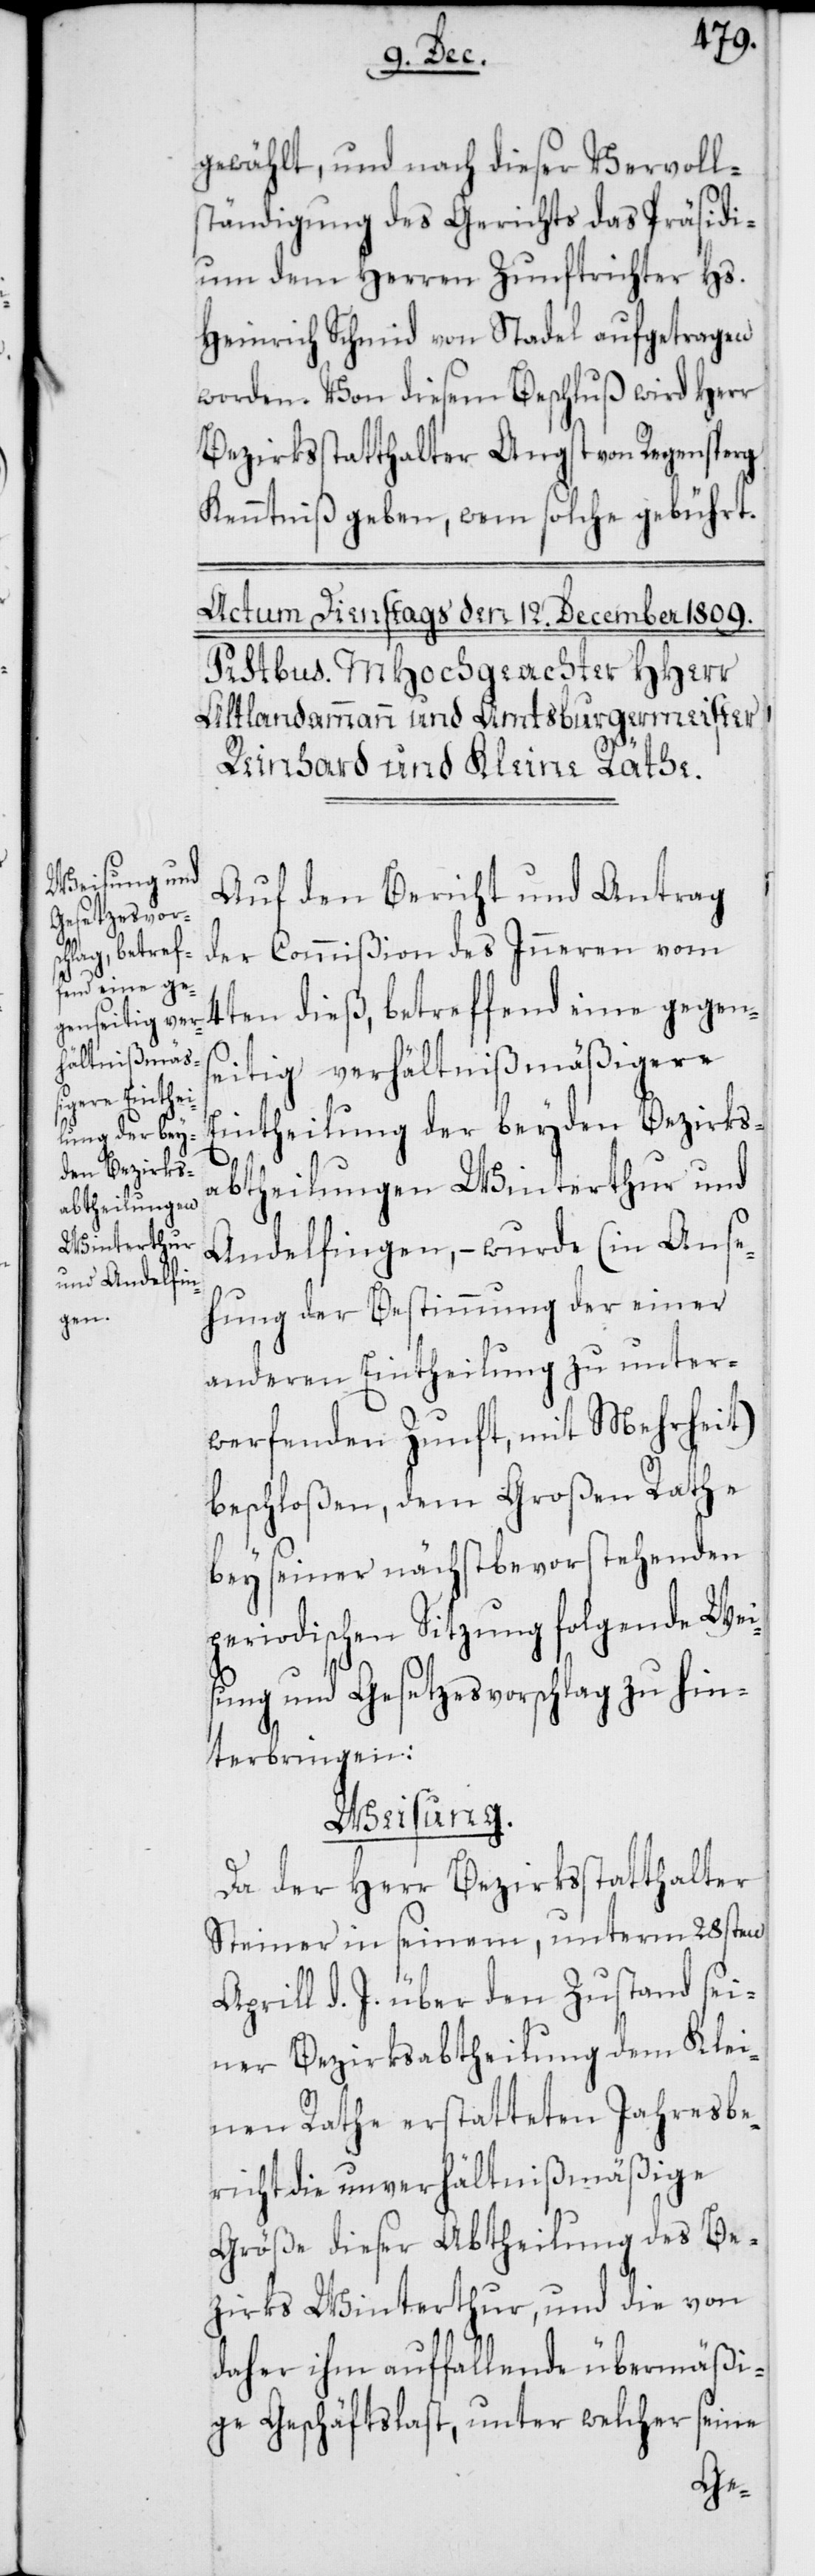
gewählt, und nach dieser Vervoll¬
ständigung des Gerichts das Präsidi¬
um dem Herren Zunftrichter Hs.
Heinrich Schmid von Stadel aufgetragen
worden. Von diesem Beschluß wird Herr
Bezirksstatthalter Angst von Regensperg
Kenntniß geben, wem solche gebührt.
Auf den Bericht und Antrag
der Commißion des Inneren vom
dieß, betref¬
fend eine ge¬
seitig verhältnißmäßigere
Eintheilung der beyden Bezirks¬
abtheilungen Winterthur und
Andelfingen, – wurde (in Anse¬
hung der Bestimmung der einer
gen¬
anderen Eintheilung zu unter¬
werfenden Zunft, mit Mehrheit)
beschloßen, dem Großen Rathe
bey seiner nächstbevorstehenden
periodischen Sitzung folgende Wei¬
sung und Gesetzesvorschlag zu hin¬
terbringen:
Weisung.
Da der Herr Bezirksstatthalter
Steiner in seinem, unterm 28sten
Aprill d. J. über den Zustand sei¬
ner Bezirksabtheilung dem Klei¬
nen Rathe erstatteten Jahresbe¬
richt die unverhältnißmäßige
Größe dieser Abtheilung des Be¬
zirks Winterthur, und die von
daher ihm auffallende übermäßi¬
ge Geschäftslast, unter welcher seine